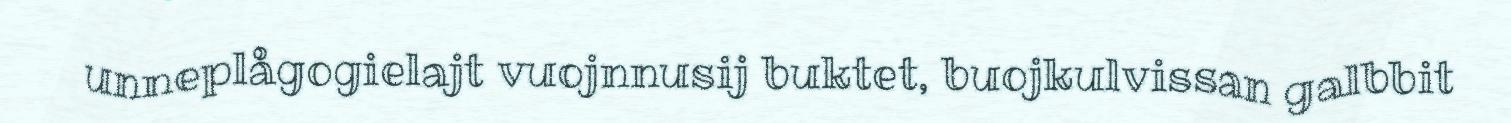
unneplågogielajt vuojnnusij buktet, buojkulvissan galbbit